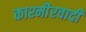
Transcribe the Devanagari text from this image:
काश्‍मीेरवादी